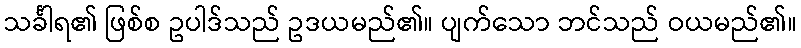
သင်္ခါရ၏ ဖြစ်စ ဥပါဒ်သည် ဥဒယမည်၏။ ပျက်သော ဘင်သည် ဝယမည်၏။